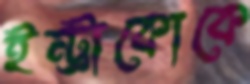
ইন্ট্রাকোকে